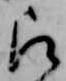
被